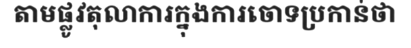
តាមផ្លូវតុលាការក្នុងការចោទប្រកាន់ថា